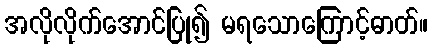
အလိုလိုက်အောင်ပြု၍ မရသောကြောင့်ဓာတ်။